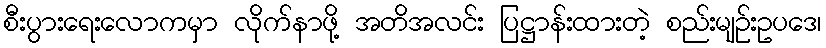
စီးပွားရေးလောကမှာ လိုက်နာဖို့ အတိအလင်း ပြဋ္ဌာန်းထားတဲ့ စည်းမျဉ်းဥပဒေ၊